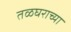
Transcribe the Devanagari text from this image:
तळघराच्या